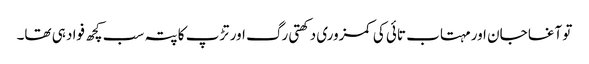
تو آغا جان اور مہتاب تائی کی کمزوری دکھتی رگ اور تڑپ کا پتہ سب کچھ فواد ہی تھا۔